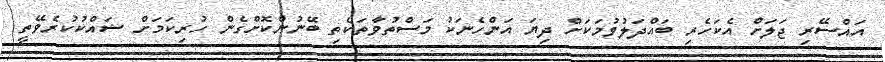
އައްސޭރި ޖަލަށް އެކަހެރި ބައްދަލުވުމަކަށް ދިޔަ އަންހެނަކު މަސްތުވާތަކެތި ބޭނުންކޮށްގެން ހުރިކަމަށް ޝައްކުކުރެވޭތީ